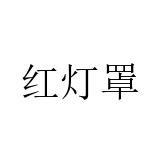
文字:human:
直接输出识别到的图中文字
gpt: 红灯罩